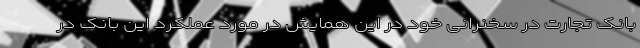
بانک تجارت در سخنرانی خود در این همایش در مورد عملکرد این بانک در